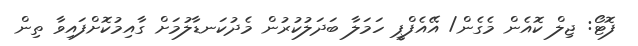
ފޮޓޯ: ޖިލް ކޮއެން މެގެން/ އޭއެފްޕީ ހަމަލާ ބަދަލުކުރުން މެދުކަނޑާލުމަށް ގާއިމުކޮށްފައިވާ ތިން